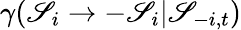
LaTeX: \gamma(\mathscr{S}_{i}\to-\mathscr{S}_{i}\vert{\mathbf{\mathscr{S}}}_{-i,t})